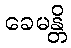
ခေမန္တိ